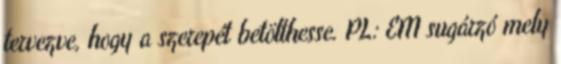
tervezve, hogy a szerepét betölthesse. PL: EM sugárzó mely